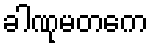
ခါဏုမတကေ